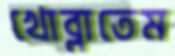
খোব্‌লাতেম